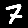
Digit: 7